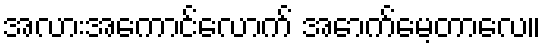
အလားအကောင်လောက် အောက်မေ့တာလေ။